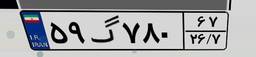
۵۹گ۷۸۰۶۷